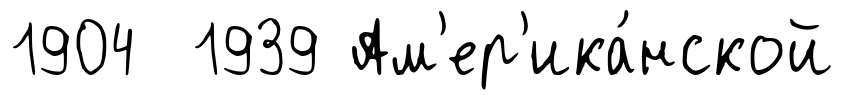
1904 1939 Ам'ер'ика́нской